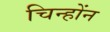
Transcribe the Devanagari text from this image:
चिन्होंन